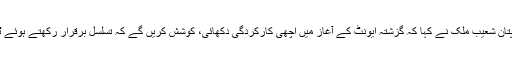
ملتان سلطانز کے کپتان شعیب ملک نے کہا کہ گزشتہ ایونٹ کے آغاز میں اچھی کارکردگی دکھائی، کوشش کریں گے کہ تسلسل برقرار رکھتے ہوئے ٹائٹل اپنے نام کریں۔